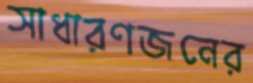
সাধারণজনের